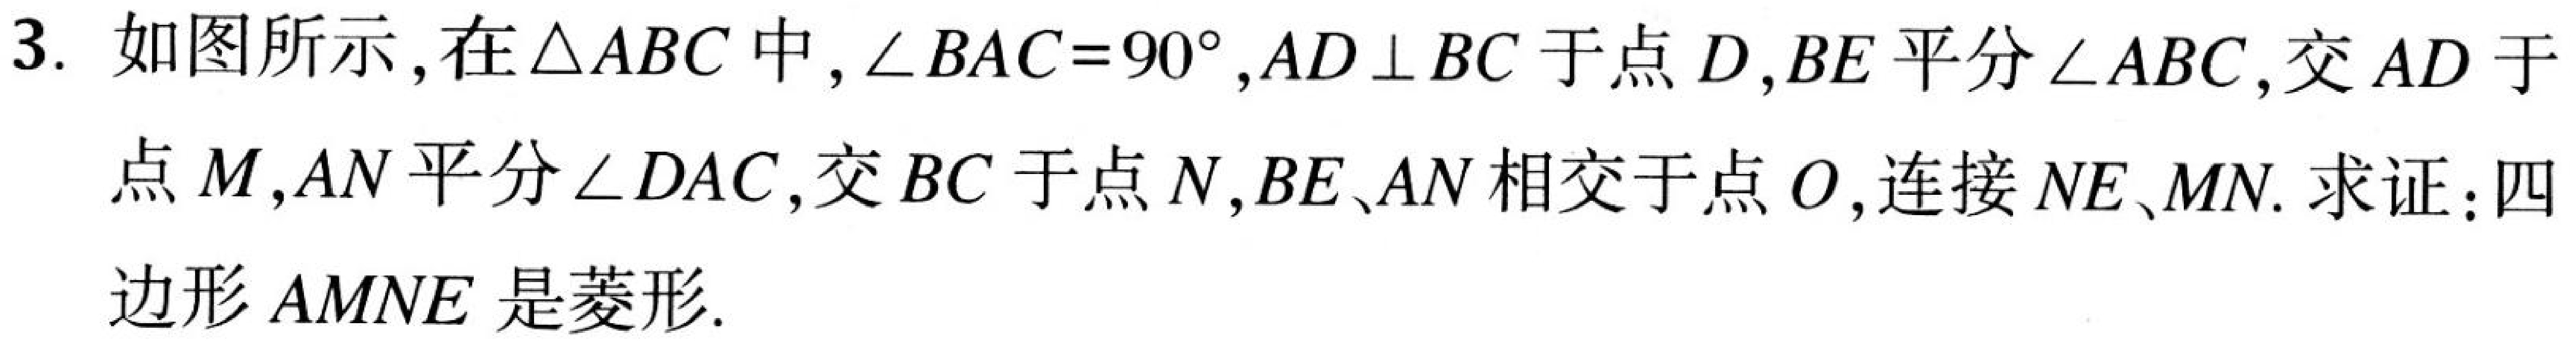
3. 如图所示,在$\triangle ABC$中,$\angle BAC = 90^{\circ}$,$AD\perp BC$于点$D$,$BE$平分$\angle ABC$,交$AD$于点$M$,$AN$平分$\angle DAC$,交$BC$于点$N$,$BE$、$AN$相交于点$O$,连接$NE$、$MN$. 求证:四边形$AMNE$是菱形.